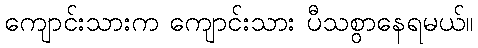
ကျောင်းသားက ကျောင်းသား ပီသစွာနေရမယ်။